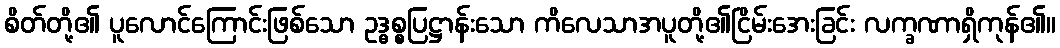
စိတ်တို့၏ ပူလောင်ကြောင်းဖြစ်သော ဥဒ္ဓစ္စပြဋ္ဌာန်းသော ကိလေသာအပူတို့၏ငြိမ်းအေးခြင်း လက္ခဏာရှိကုန်၏။